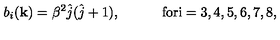
b _ { i } ( { \bf k } ) = \beta ^ { 2 } \hat { j } ( \hat { j } + 1 ) , \quad \quad \quad \mathrm { f o r i = 3 , 4 , 5 , 6 , 7 , 8 } ,